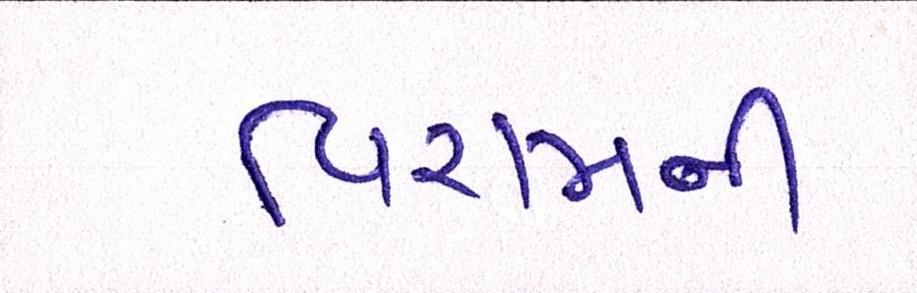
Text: વિરામની